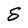
Character: S